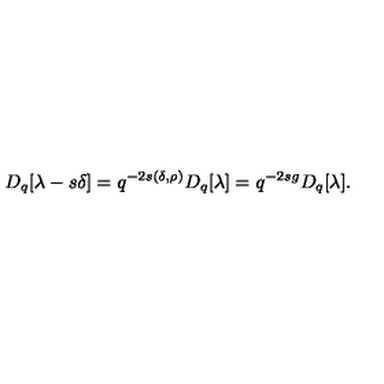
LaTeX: D _ { q } [ \lambda - s \delta ] = q ^ { - 2 s ( \delta , \rho ) } D _ { q } [ \lambda ] = q ^ { - 2 s g } D _ { q } [ \lambda ] .